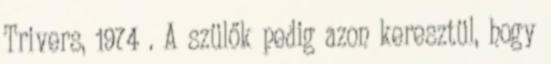
Trivers, 1974 . A szülők pedig azon keresztül, hogy